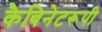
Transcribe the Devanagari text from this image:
कैबिनेटरूपी